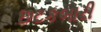
છટકબારી